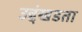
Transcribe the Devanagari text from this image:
उद्दंखडता